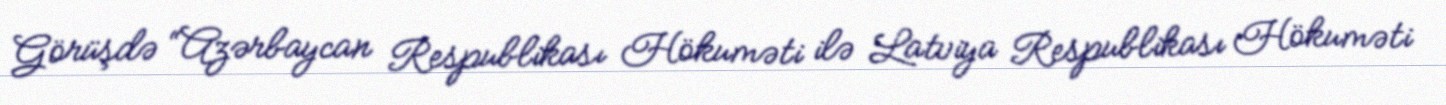
Görüşdə “Azərbaycan Respublikası Hökuməti ilə Latviya Respublikası Hökuməti